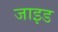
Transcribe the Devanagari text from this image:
जाइड